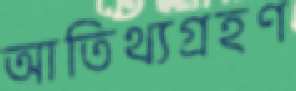
আতিথ্যগ্রহণ